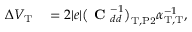
\begin{array} { r l } { \Delta V _ { \mathrm { T } } } & { { } = 2 | e | \big ( \mathrm { \textbf { C } } _ { d d } ^ { - 1 } \big ) _ { \mathrm { T } , \mathrm { P 2 } } \alpha _ { \mathrm { T } , \mathrm { T } } ^ { - 1 } , } \end{array}